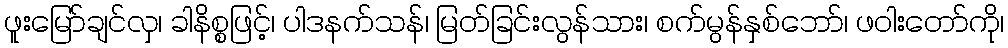
ဖူးမြော်ချင်လှ၊ ခါနိစ္စဖြင့်၊ ပါဒနက်သန်၊ မြတ်ခြင်းလွန်သား၊ စက်မွန်နှစ်ဘော်၊ ဖဝါးတော်ကို၊